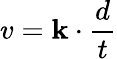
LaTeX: v=\mathbf{k}\cdot{\frac{{d}}{{t}}}